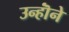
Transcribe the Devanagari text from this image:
उन्हॊंने